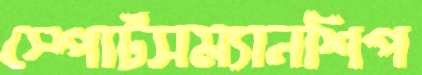
স্পোর্টসম্যানশিপ